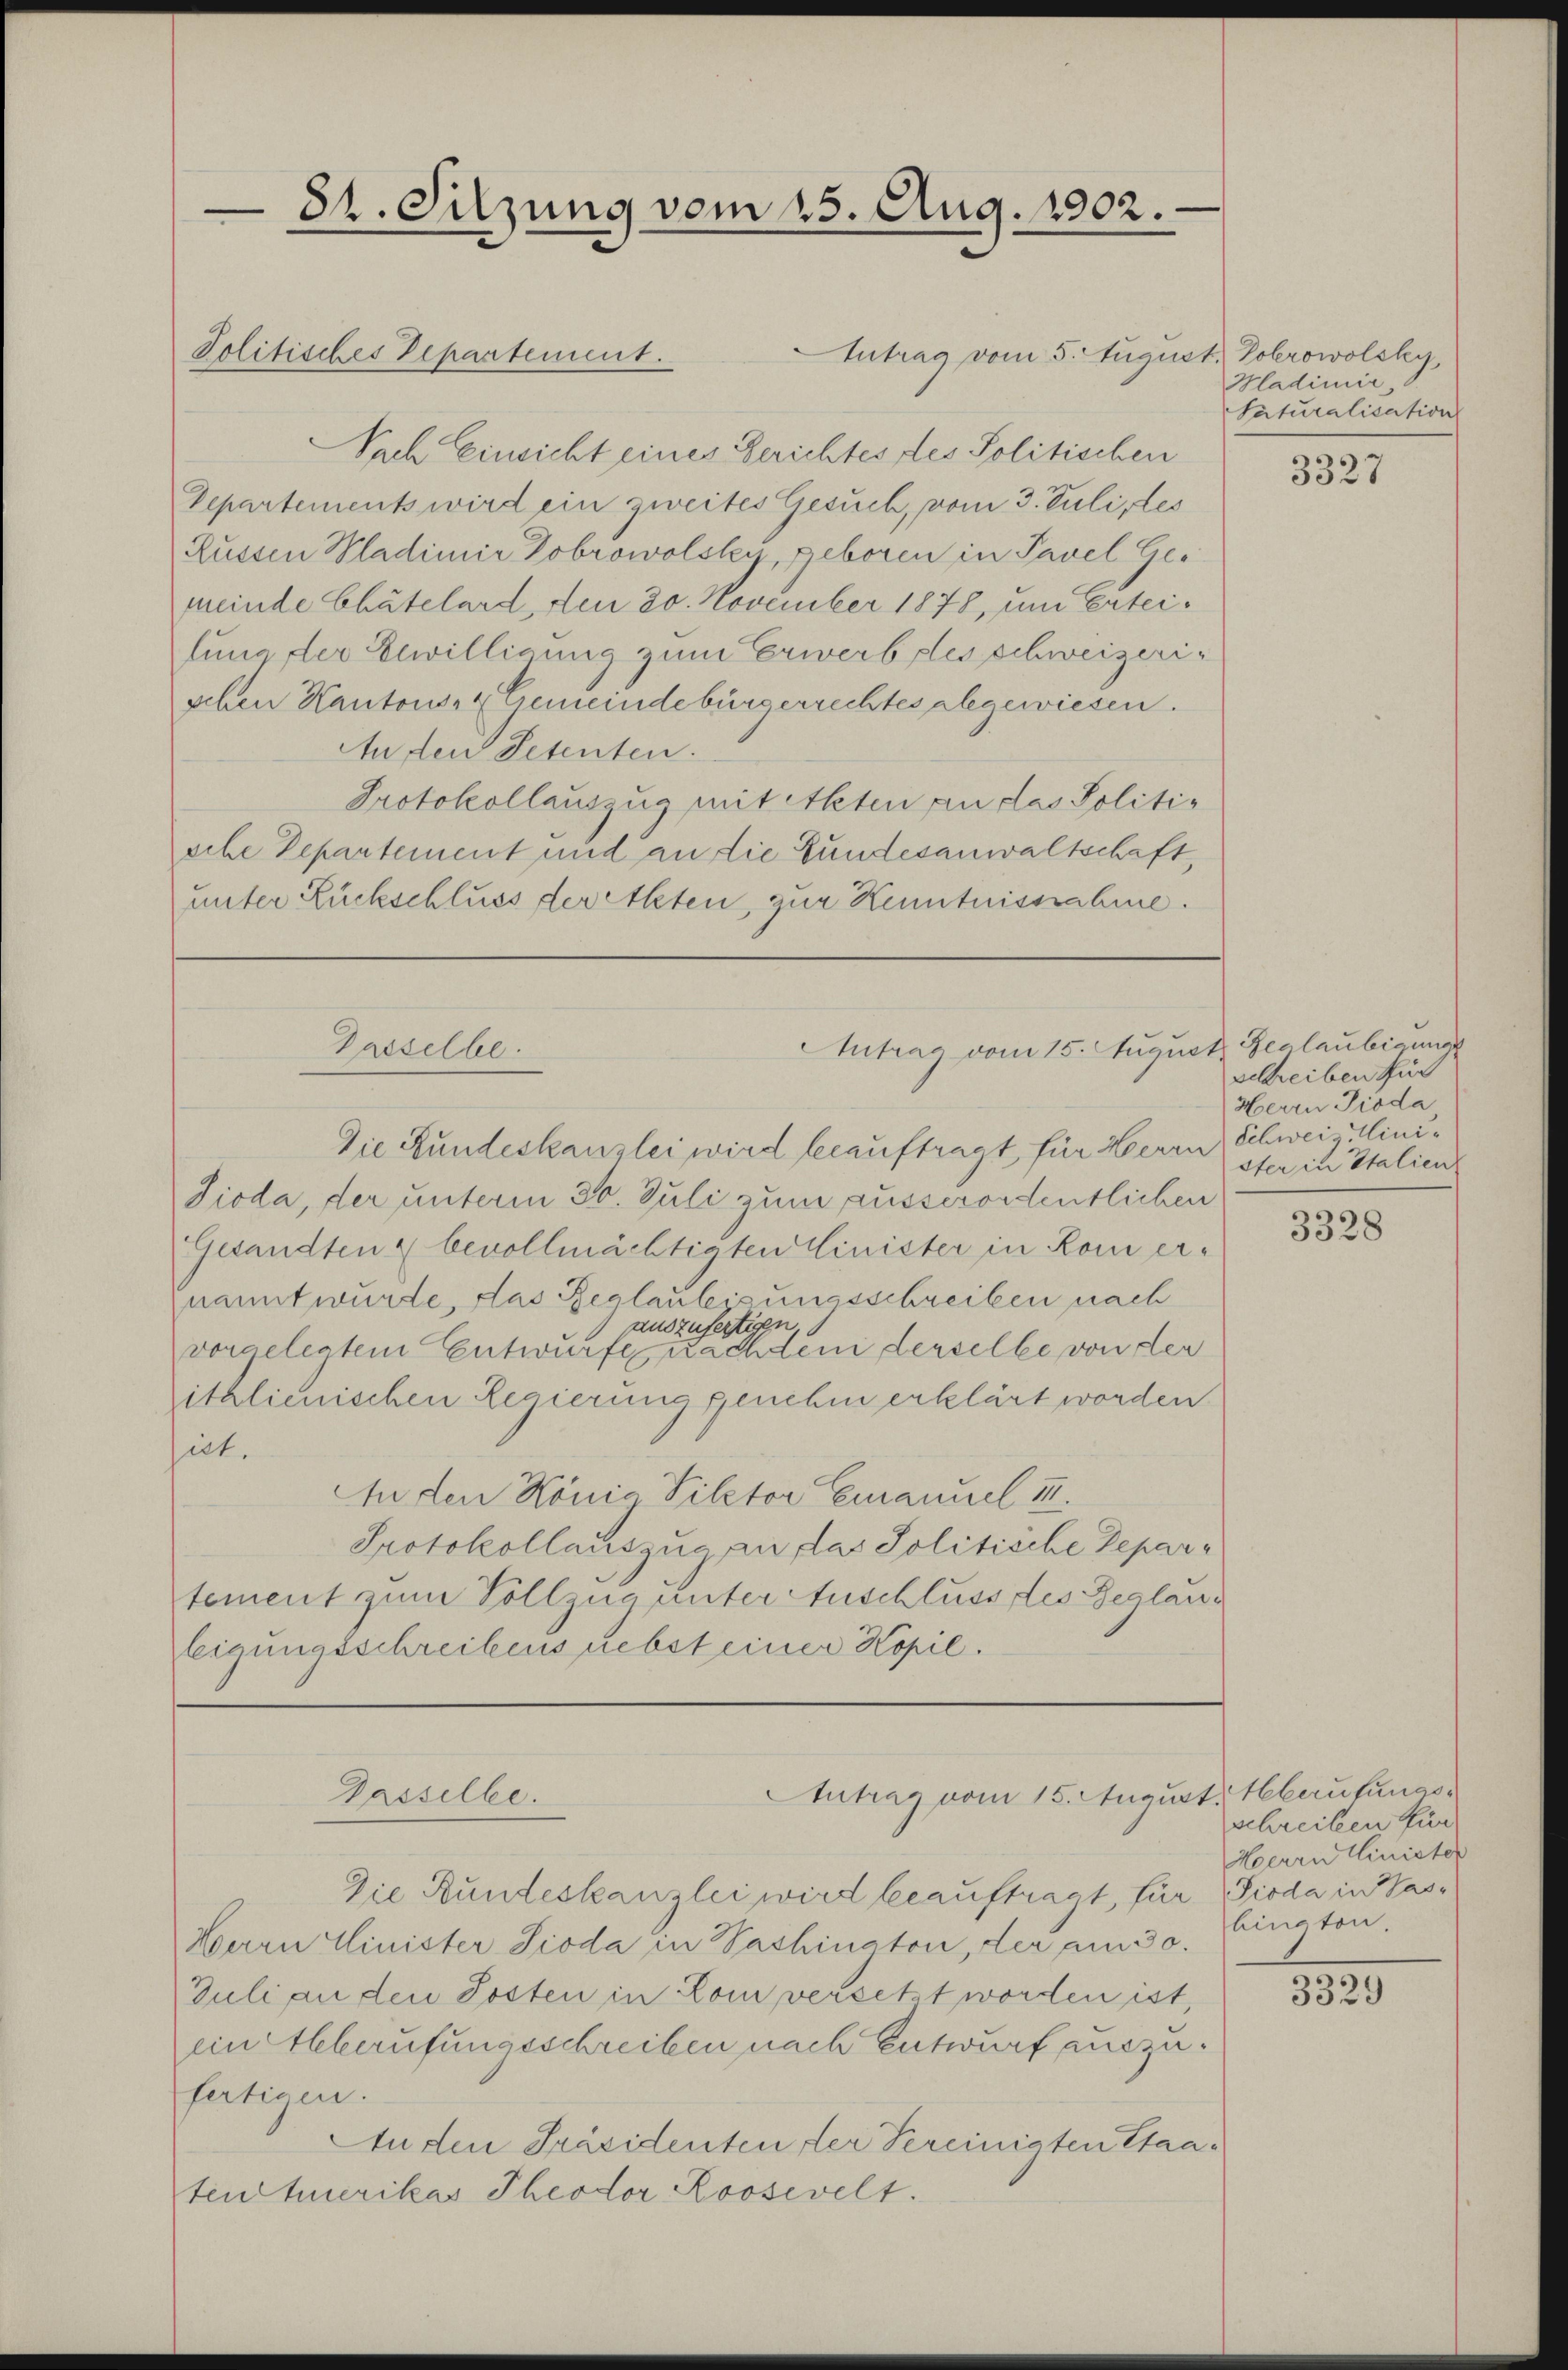
Politisches Departement.

82. Sitzung vom 15. Aug. 1902.

Antrag vom 5. August, Dobrowolsky,
Nach Einsicht eines Gerichtes des Politischen
Departements wird ein zweites Gesuch, vom 3. Juli, des
Rüssen Mladimir Dobrowolsky, geboren in Pavel Gemeinde Chätelard, den 20. November 1878, um Erteilung der Eewilligung zum Erwerbples schweizerischen Kantons- & Gemeindebürgerrechtes abgewiesen.
An den Petenten.
Protokollauszug mit Akten an das Politische Departement und an die Bundesanwaltschaft,
unter Rückschluss der Akten, zur Kenntnisssahme.

Die Rundeskanzlei wird beauftragt, für Herrn Schweiz Mini¬
Sioda, der unterm 30. Juli zum ausserordentlichen
Gesandten bevollmächtigten Cinister in Rom ernannt wurde, das Reglaubisungsschreiben nach
auszufertigen
vorgelegtem Entwurfe nachdem derselbe von der
italienischen Regierung genehm erklärt worden.
ut.
An den König Pilctor Emanuel III.
Protokollauszug an das Politische Departement zum Vollzug unter Anschluss des Beglau¬
Eeigungsschreibens nebst einer Kopie.

Antrag vom 15. August Gerlaubigung
Gasselbe.

Antrag vom 15. August berufungs¬
Gasselbe.

Die Bundeskanzlei wird beauftragt, für Pioda in Was¬
Herrn Minister Pioda in Vashinator, der am 30.
Juli an den Posten in Lom versetzt worden ist,
ein Alberufungsschreiben nach Entwurf auszufertigen.
An den Präsidenten der Sereinigten Staatenhuerikas Theodor Roosevelt.

Hladimir,
Saturalisation

3327

schreiben für
Herrn Pioda
ster in Italien

3328

schreiben für
Herrn Minister
bington

3329